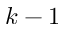
k - 1